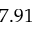
7 . 9 1